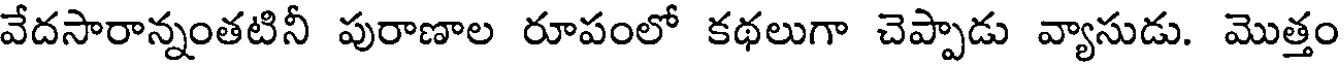
వేదసారాన్నంతటినీ పురాణాల రూపంలో కథలుగా చెప్పాడు వ్యాసుడు. మొత్తం